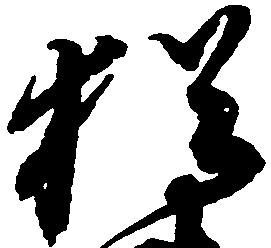
猶